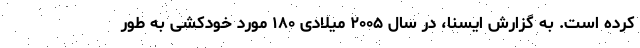
کرده است. به گزارش ایسنا، در سال ۲۰۰۵ میلادی ۱۸۰ مورد خودکشی به طور